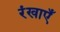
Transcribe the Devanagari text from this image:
रंखाएँ